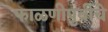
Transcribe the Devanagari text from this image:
फाळणीपुर्वीचे